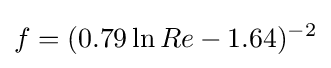
f=(0.79\ln Re-1.64)^{-2}